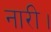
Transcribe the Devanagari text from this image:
नारी।